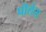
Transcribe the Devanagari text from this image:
पॊलेस